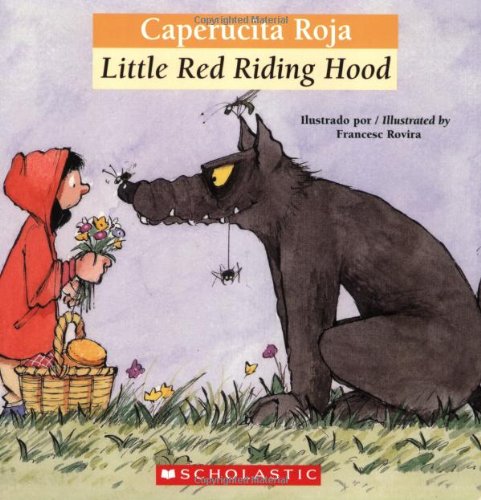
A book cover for Bilingual Tales: Caperucita Roja / Little Red Riding Hood (Spanish and English Edition); Children's Books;